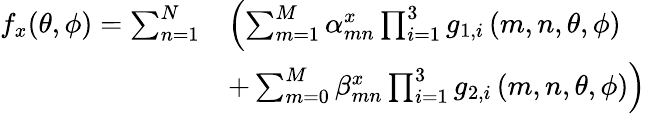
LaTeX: \begin{array}{rl}{f_{x}(\theta,\phi)=\sum_{n=1}^{N}}&{\left(\sum_{m=1}^{M}\alpha_{mn}^{x}\prod_{i=1}^{3}{g_{1,i}}\left(m,n,\theta,\phi\right)\right.}\\ &{\left.+\sum_{m=0}^{M}\beta_{mn}^{x}\prod_{i=1}^{3}{g_{2,i}}\left(m,n,\theta,\phi\right)\right)}\end{array}